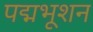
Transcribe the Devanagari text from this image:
पद्मभूशन